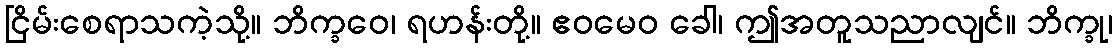
ငြိမ်းစေရာသကဲ့သို့။ ဘိက္ခဝေ၊ ရဟန်းတို့။ ဧဝမေဝ ခေါ၊ ဤအတူသညာလျင်။ ဘိက္ခု၊